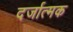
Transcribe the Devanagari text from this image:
दर्जात्मक